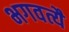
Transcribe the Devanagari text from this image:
भगवत्यै